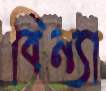
বিন্যা